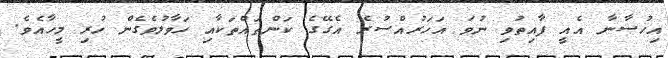
އިހުސާނާ އެއީީ ފާއިތުވި ނުވަ އަހަރުއްސުރެ އެގޭގެ ކަންތައްތަކާއި ހަވާލުވެގެން ހުރި މީހާއެވެ.